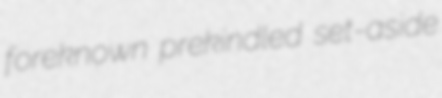
foreknown prekindled set-aside